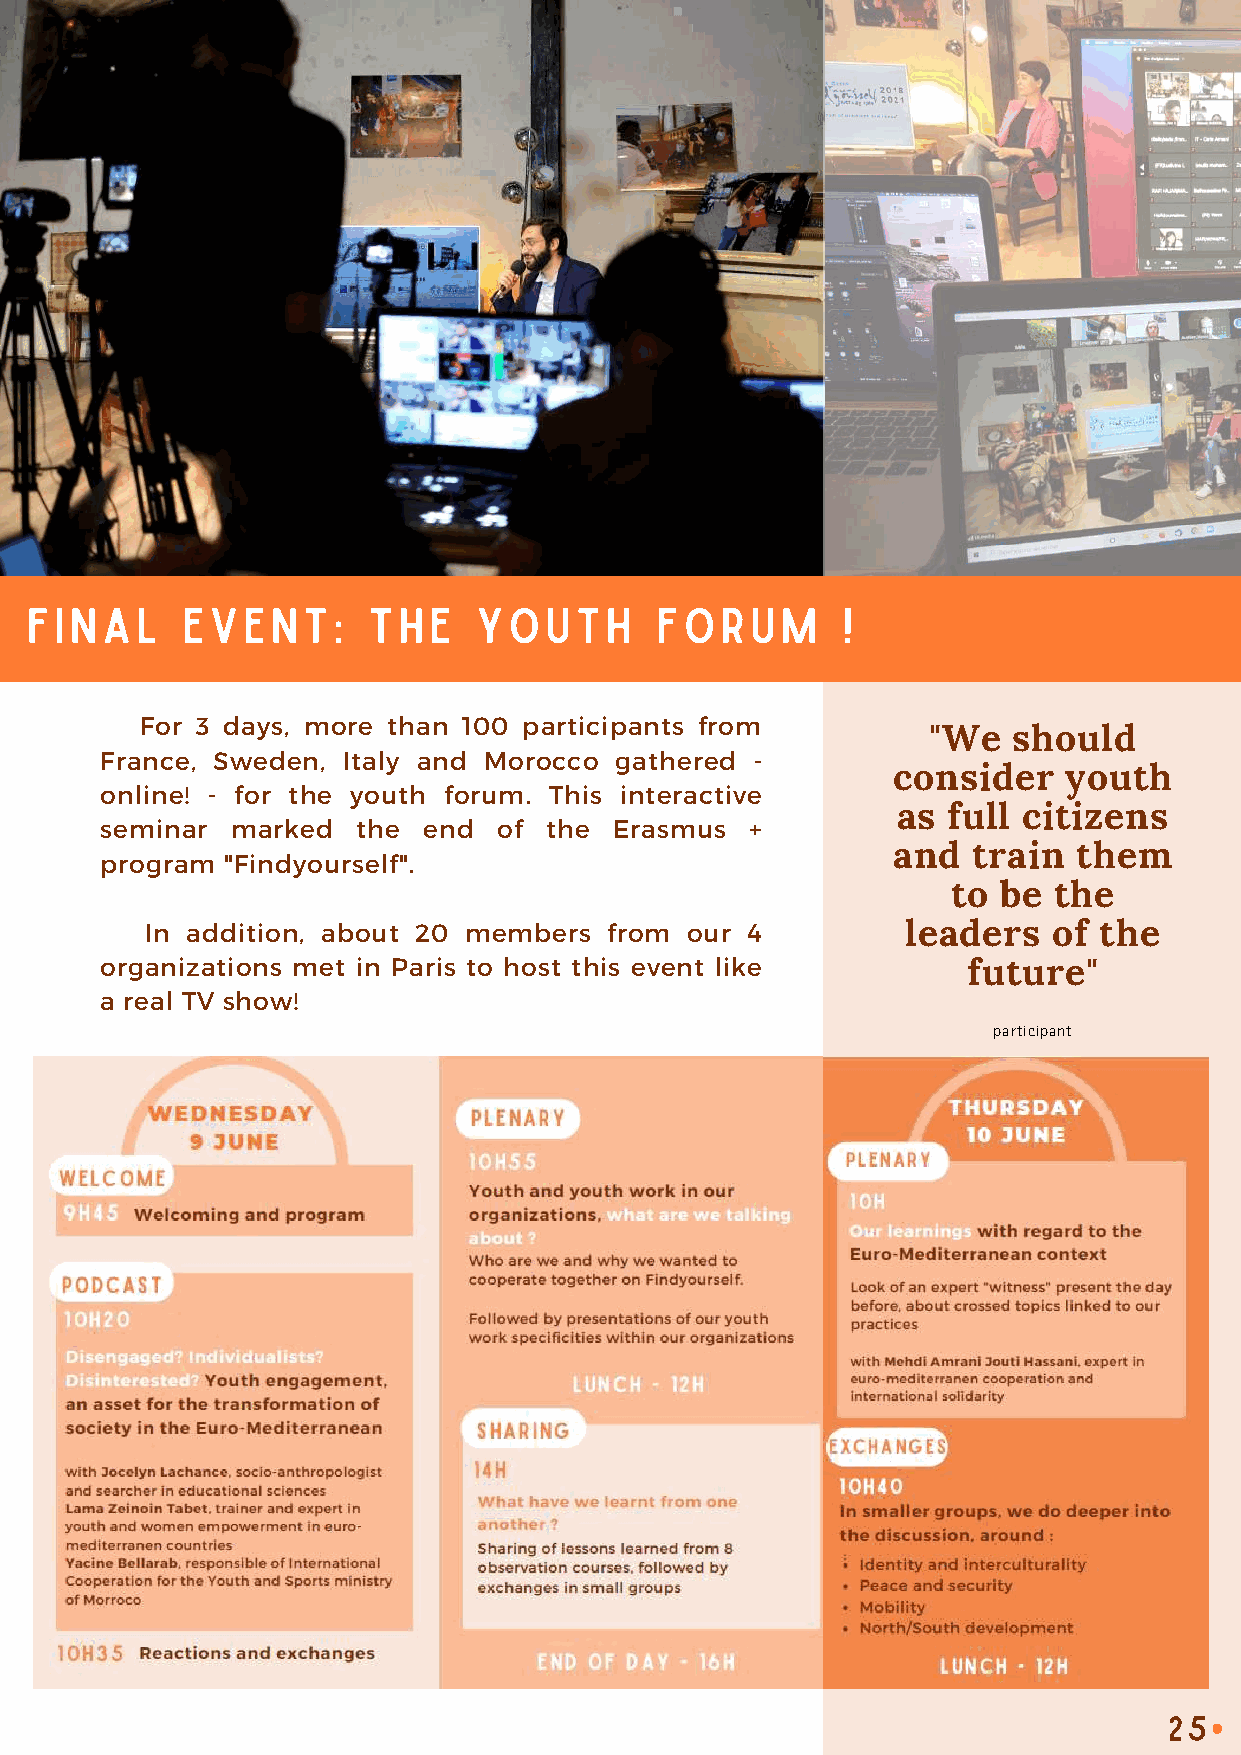
FINAL     EVENT:      THE     YOUTH      FORUM        !
 For 3 days, more than 100 participants from
 "We   should
 France, Sweden, Italy and Morocco gathered -
 consider    youth
 online! - for the youth forum. This interactive
 as  full citizens
 seminar marked   the end  of the  Erasmus  +
 and  train  them
 program "Findyourself".
 to be  the
 In addition, about 20 members from our 4          leaders   of the
 organizations met in Paris to host this event like       future"
 a real TV show!
 participant
 25
 •